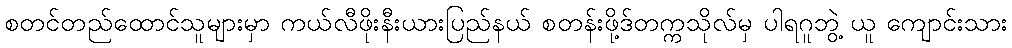
စတင်တည်ထောင်သူများမှာ ကယ်လီဖိုးနီးယားပြည်နယ် စတန်းဖို့ဒ်တက္ကသိုလ်မှ ပါရဂူဘွဲ့ ယူ ကျောင်းသား